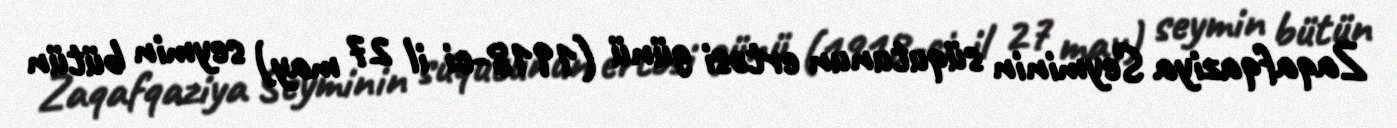
Zaqafqaziya Seyminin süqutunun ertəsi günü (1918-ci il 27 may) seymin bütün